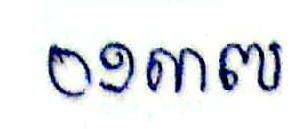
០១៣៧